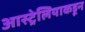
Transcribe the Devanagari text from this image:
आस्ट्रेलियाकडून